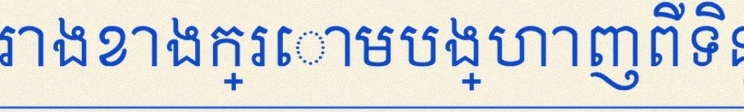
តារាងខាងក្រោមបង្ហាញពីទិន្នន័យ